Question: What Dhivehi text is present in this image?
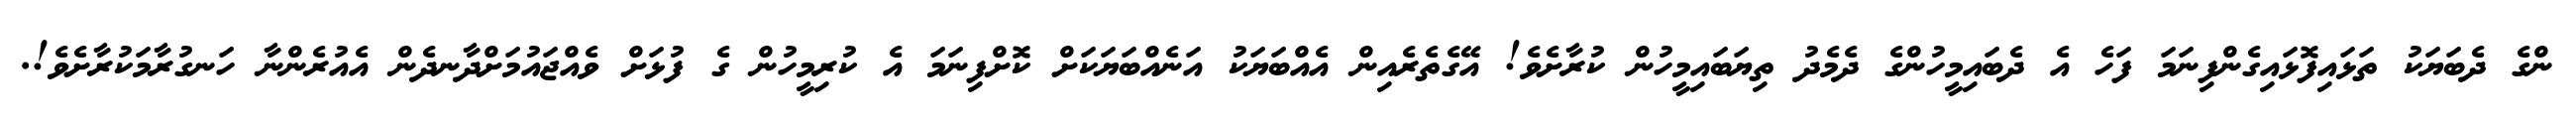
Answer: ންގެ ދެބަޔަކު ތަޅައިފޮޅައިގެންފިނަމަ ފަހެ އެ ދެބައިމީހުންގެ ދެމެދު ތިޔަބައިމީހުން ކުރާށެވެ! އޭގެތެރެއިން އެއްބަޔަކު އަނެއްބަޔަކަށް ކޮށްފިނަމަ އެ ކުރިމީހުން ގެ ފުޅަށް ވެއްޖައުމަށްދާނދެން އެއުރެންނާ ހަނގުރާމަކުރާށެވެ!.